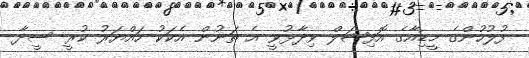
ފުލުހުންގެ މީޑިއާގެ އޮފިޝަލް ވިދާޅުވީ އެ ތަނުން އެކަކު ހައްޔަރު ކުރީ ސީދާ